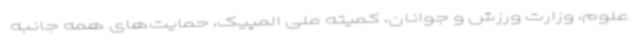
علوم، وزارت ورزش و جوانان، کمیته ملی المپیک، حمایت‌های همه جانبه